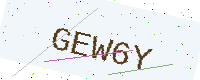
Text: GEW6Y